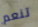
تنعم